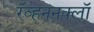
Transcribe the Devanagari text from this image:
रॅव्हननक्लॉ